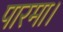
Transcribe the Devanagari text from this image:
पारमा।